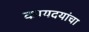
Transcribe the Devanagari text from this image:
कायदयांचा